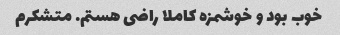
خوب بود و خوشمزه کاملا راضی هستم. متشکرم